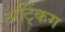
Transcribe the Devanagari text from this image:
अट्किंग